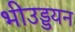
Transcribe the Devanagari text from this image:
भीउड्डयन